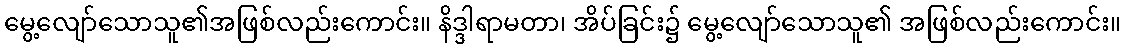
မွေ့လျော်သောသူ၏အဖြစ်လည်းကောင်း။ နိဒ္ဒါရာမတာ၊ အိပ်ခြင်း၌ မွေ့လျော်သောသူ၏ အဖြစ်လည်းကောင်း။